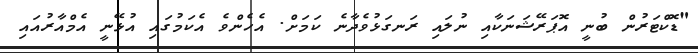
"ޑޮކްޓަރުން ބުނީ އޮޕަރޭޝަނަކާއި ނުލައި ރަނގަޅުވެދާނެ ކަމަށް. އެހެންވެ އެކަމުގައި އުޅޭނީ އެމްއާރުއައި